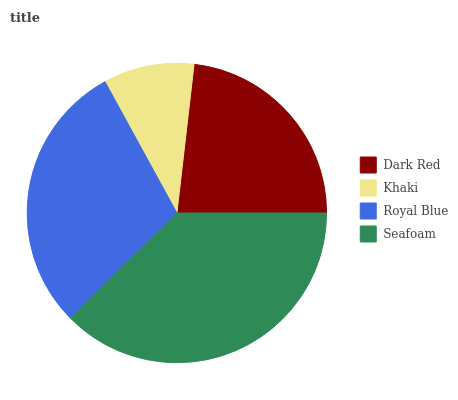
| Dark Red | Khaki | Royal Blue | Seafoam |
 | --- | --- | --- | --- |
 | 23.2% | 9.8% | 29.4% | 37.5% |